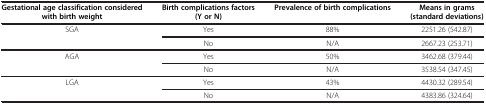
| Gestational age classification considered with birth weight | Birth complications factors (Y or N) | Prevalence of birth complications | Means in grams (standard deviations) |
 | --- | --- | --- | --- |
 | <ROWSPAN=2> SGA | Yes | 88% | 2251.26 (542.87) |
 | No | N/A | 2667.23 (253.71) |
 | <ROWSPAN=2> AGA | Yes | 50% | 3462.68 (379.44) |
 | No | N/A | 3538.54 (347.45) |
 | <ROWSPAN=2> LGA | Yes | 43% | 4430.32 (289.54) |
 | No | N/A | 4383.86 (324.64) |